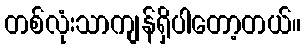
တစ်လုံးသာကျန်ရှိပါတော့တယ်။